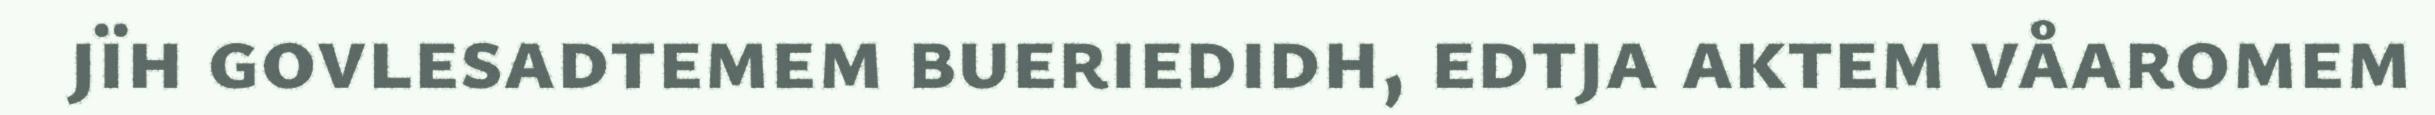
jïh govlesadtemem bueriedidh, edtja aktem våaromem